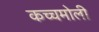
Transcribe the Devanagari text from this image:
कच्चमोली